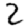
Digit: 2